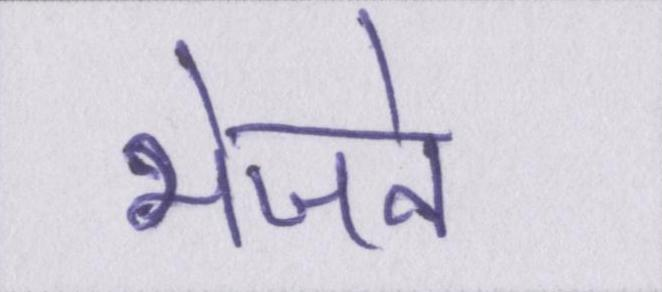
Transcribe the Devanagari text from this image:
भेजने